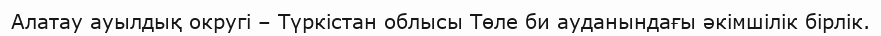
Алатау ауылдық округі – Түркістан облысы Төле би ауданындағы әкімшілік бірлік.